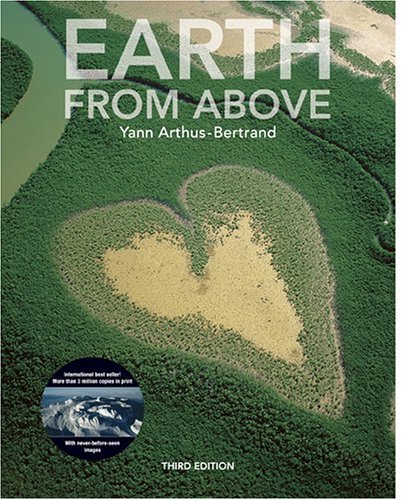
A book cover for Earth from Above, Third Edition; Yann Arthus-Bertrand; Arts & Photography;